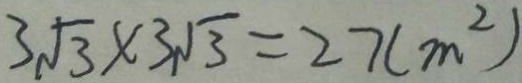
3 \sqrt { 3 } \times 3 \sqrt { 3 } = 2 7 ( m ^ { 2 } )